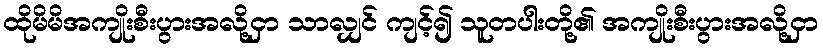
ထိုမိမိအကျိုးစီးပွားအလို့ငှာ သာလျှင် ကျင့်၍ သူတပါးတို့၏ အကျိုးစီးပွားအလို့ငှာ